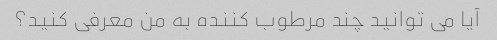
آیا می توانید چند مرطوب کننده به من معرفی کنید؟